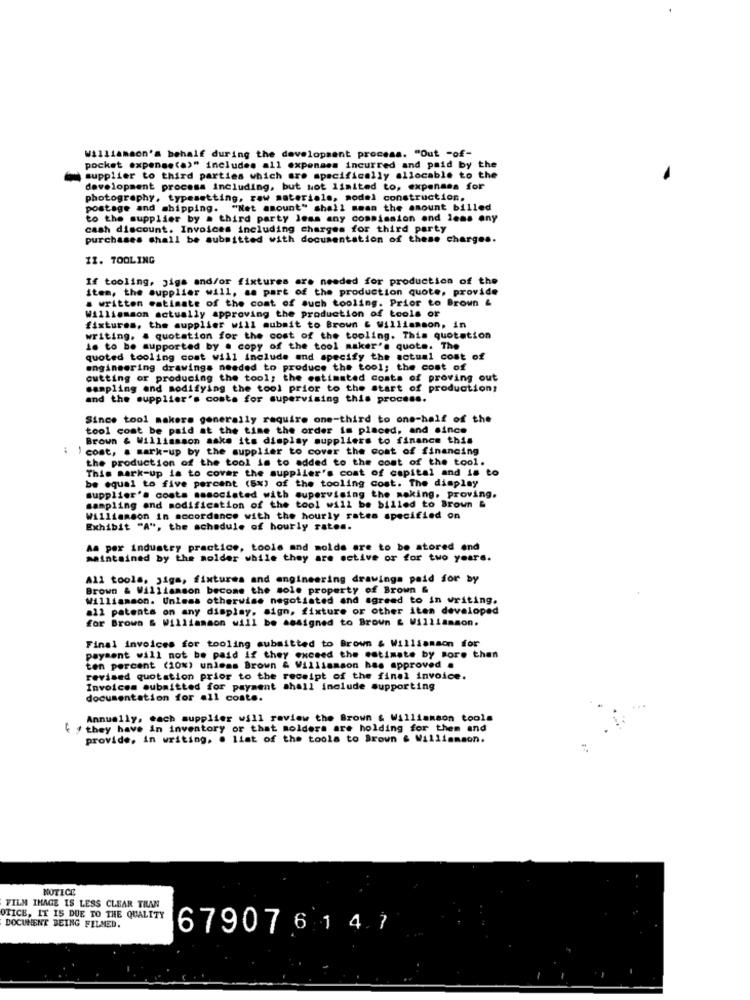
Williamson's behalf during the development process. "Out -of-
pocket expense(a)" includes all expenses incurred and paid by the
supplier to third parties which are specifically allocable to the
development process including, but Not limited to, expenses for
photography, typesetting, raw materials, sodel construction.
postage and shipping. "Net amount" shall mean the amount billed
to the supplier by a third party less any commission and less any
cash discount. Invoices including charges for third party
purchases shall be submitted with documentation of these charges.
II. TOOLING
If tooling, jigs and/or fixtures are needed for production of the
item, the supplier will, as part of the production quote, provide
a written estimate of the coast of such tooling. Prior to Brown &
Williamson actually approving the production of tools or
fixtures, the supplier will submit to Brown & williamson, in
writing, a quotation for the cost of the tooling. This quotation
is to be supported by a copy of the tool maker's quote. The
quoted tooling cost will include and specify the actual cost of
engineering drawings needed to produce the tool; the cost of
cutting or producing the tool; the estimated costs of proving out
sampling and modifying the tool prior to the start of production,
and the supplier's coste for supervising this process.
Since tool makere generally require one-third to one-half of the
tool comt be paid at the time the order is placed, and since
Brown & Williamson aske its display suppliers to finance this
: | cost, . mark-up by the supplier to cover the cost of financing
the production of the tool is to added to the cost of the tool.
This mark-up is to cover the supplier's coat of capital and is to
be equal to five percent (5%) of the tooling cost. The display
supplier's costs associated with supervising the making. proving.
sampling and modification of the tool will be billed to Brown &
Williamson in accordance with the hourly rates specified on
Exhibit "A", the schedule of hourly rates.
As per industry practice, tools and molds are to be stored end
maintained by the molder while they are sctive or for two years.
All tools, jigs, fixtures and engineering drawings paid for by
Brown & Williamson become the sole property of Brown &
Williamson. Unless otherwise negotiated and agreed to in writing.
all patents on any display. sign, fixture or other iten developed
for Brown & Williamson will be assigned to Brown & Williamson.
Final invoices for tooling submitted to Brown & Williamson for
payment will not be paid if they exceed the estimate by sore than
ten percent (10%) unless Brown & Williamson has approved .
revised quotation prior to the receipt of the final invoice.
Invoices submitted for payment shall include supporting
documentation for all coste.
Annually, each supplier will review the Brown & Williamson tools
** they have in inventory or that molders are holding for them and
provide, in writing, . list of the tools to Brown & Williamson.
NOTICE
FILM IMAGE IS LESS CLEAR THAN
OTICE, IT IS DUE TO THE QUALITY
DOCUMENT BEING FILMED.
679076147